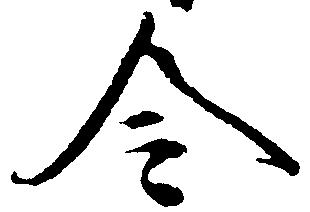
令